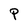
Character: P